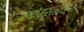
ઑકસાઈડના